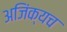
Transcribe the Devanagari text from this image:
अजिंक्यच